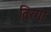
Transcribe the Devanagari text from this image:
विरगा